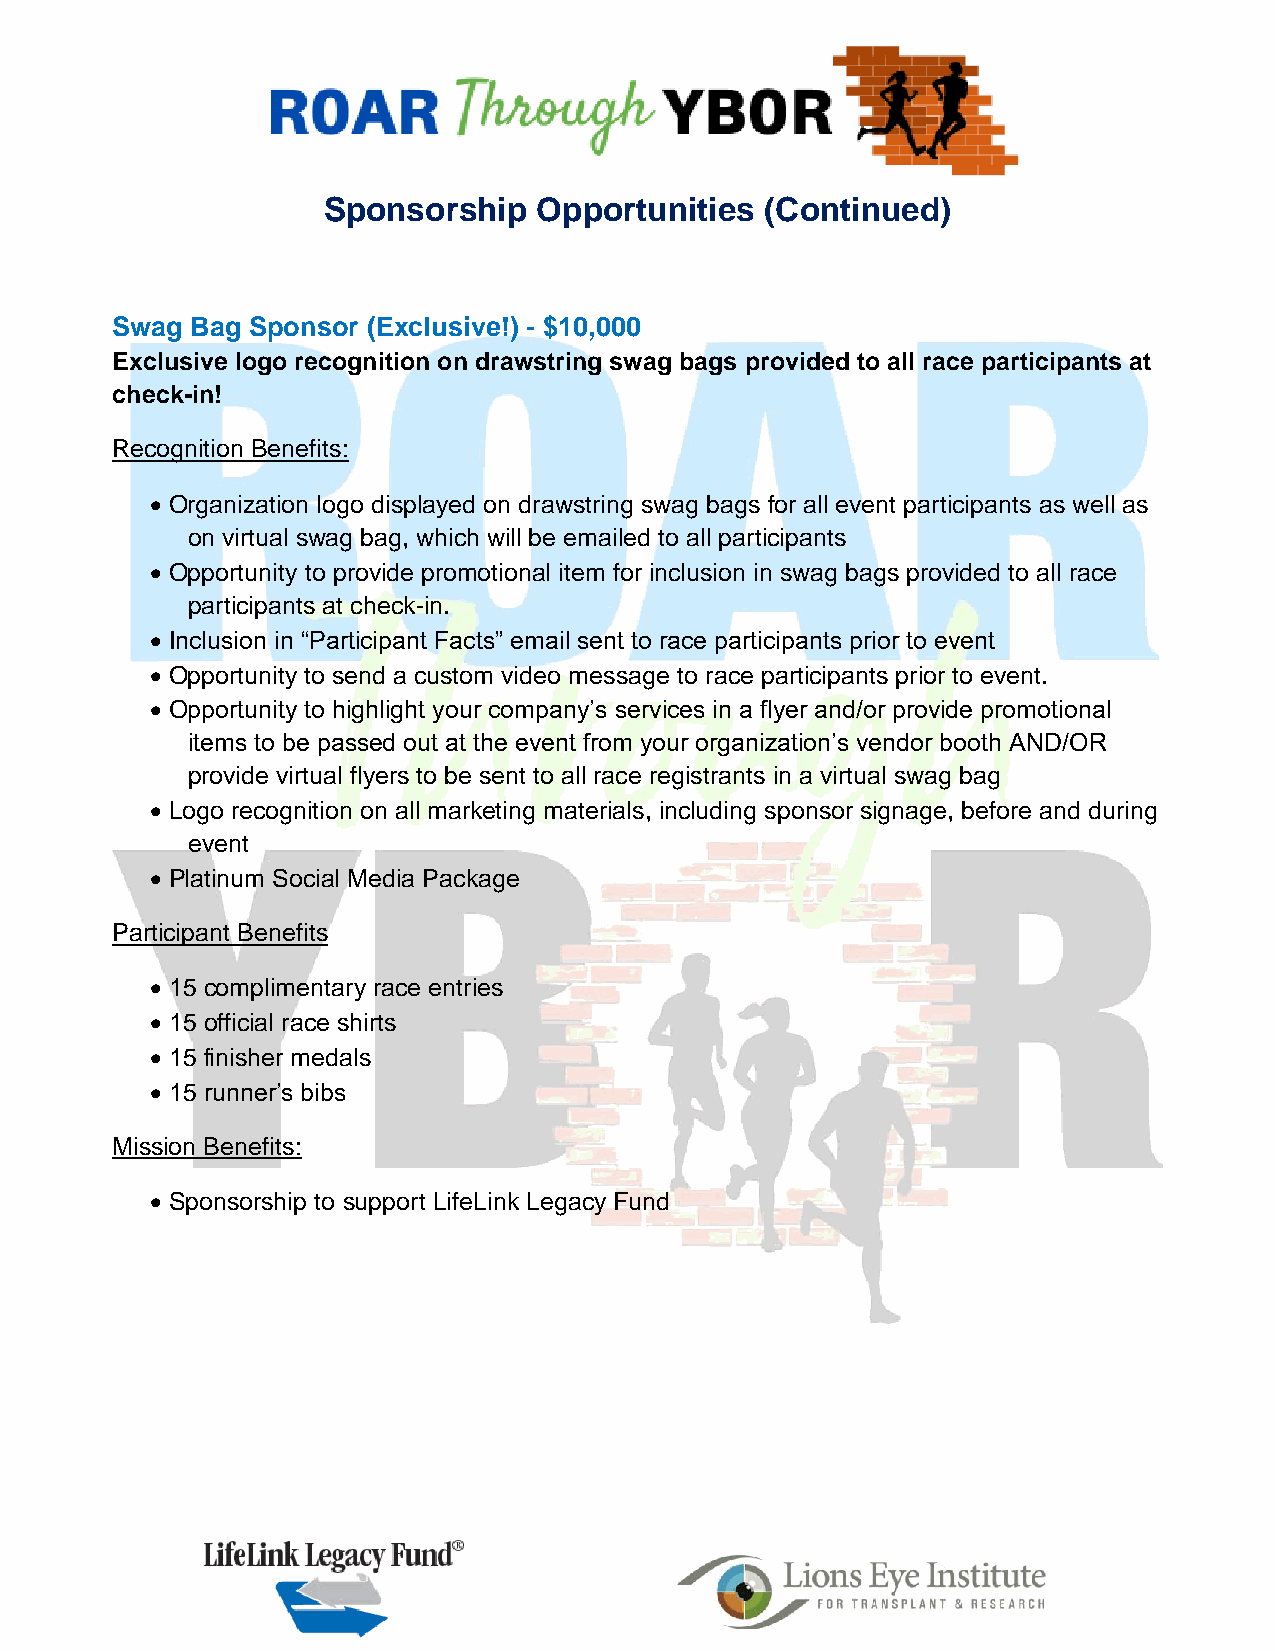
Sponsorship    Opportunities  (Continued)
 Swag  Bag Sponsor (Exclusive!) - $10,000
 Exclusive logo recognition on drawstring swag bags provided to all race participants at
 check-in!
 Recognition Benefits:
 • Organization logo displayed on drawstring swag bags for all event participants as well as
 on virtual swag bag, which will be emailed to all participants
 • Opportunity to provide promotional item for inclusion in swag bags provided to all race
 participants at check-in.
 • Inclusion in “Participant Facts” email sent to race participants prior to event
 • Opportunity to send a custom video message to race participants prior to event.
 • Opportunity to highlight your company’s services in a flyer and/or provide promotional
 items to be passed out at the event from your organization’s vendor booth AND/OR
 provide virtual flyers to be sent to all race registrants in a virtual swag bag
 • Logo recognition on all marketing materials, including sponsor signage, before and during
 event
 • Platinum Social Media Package
 Participant Benefits
 • 15 complimentary race entries
 • 15 official race shirts
 • 15 finisher medals
 • 15 runner’s bibs
 Mission Benefits:
 • Sponsorship to support LifeLink Legacy Fund